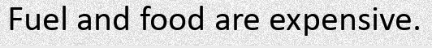
Fuel and food are expensive.